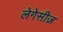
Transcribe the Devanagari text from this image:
लेगेसीज़